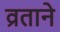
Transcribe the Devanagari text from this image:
व्रताने